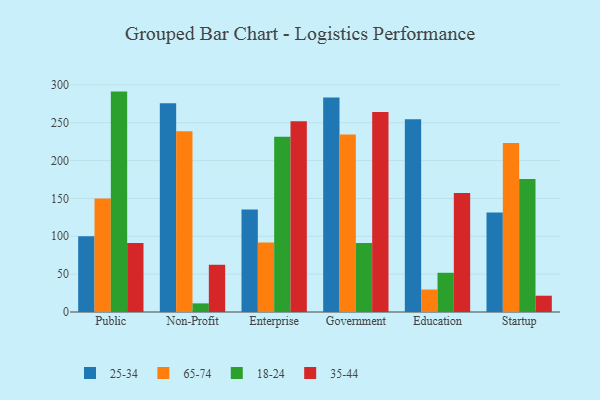
{"axis": {"x": "Segment", "y": "Humidity (%)"}, "legend": ["18-24", "25-34", "35-44", "65-74"], "data": [{"x": "Public", "y": 99.9, "type": "25-34"}, {"x": "Public", "y": 149.9, "type": "65-74"}, {"x": "Public", "y": 291.1, "type": "18-24"}, {"x": "Public", "y": 91.1, "type": "35-44"}, {"x": "Non-Profit", "y": 275.7, "type": "25-34"}, {"x": "Non-Profit", "y": 238.6, "type": "65-74"}, {"x": "Non-Profit", "y": 11.4, "type": "18-24"}, {"x": "Non-Profit", "y": 62.4, "type": "35-44"}, {"x": "Enterprise", "y": 135.3, "type": "25-34"}, {"x": "Enterprise", "y": 91.8, "type": "65-74"}, {"x": "Enterprise", "y": 231.4, "type": "18-24"}, {"x": "Enterprise", "y": 252.1, "type": "35-44"}, {"x": "Government", "y": 283.4, "type": "25-34"}, {"x": "Government", "y": 234.4, "type": "65-74"}, {"x": "Government", "y": 91.0, "type": "18-24"}, {"x": "Government", "y": 264.0, "type": "35-44"}, {"x": "Education", "y": 254.6, "type": "25-34"}, {"x": "Education", "y": 29.7, "type": "65-74"}, {"x": "Education", "y": 51.8, "type": "18-24"}, {"x": "Education", "y": 157.3, "type": "35-44"}, {"x": "Startup", "y": 131.4, "type": "25-34"}, {"x": "Startup", "y": 223.3, "type": "65-74"}, {"x": "Startup", "y": 175.7, "type": "18-24"}, {"x": "Startup", "y": 21.5, "type": "35-44"}]}